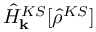
\hat { H } _ { \bf k } ^ { K S } [ \hat { \rho } ^ { K S } ]